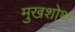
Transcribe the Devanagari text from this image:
मुखशोथ